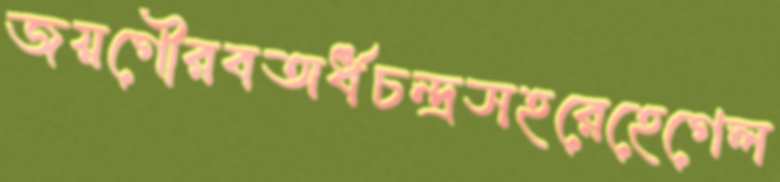
জয়গৌরবঅর্ধচন্দ্রসহরেহেগেল